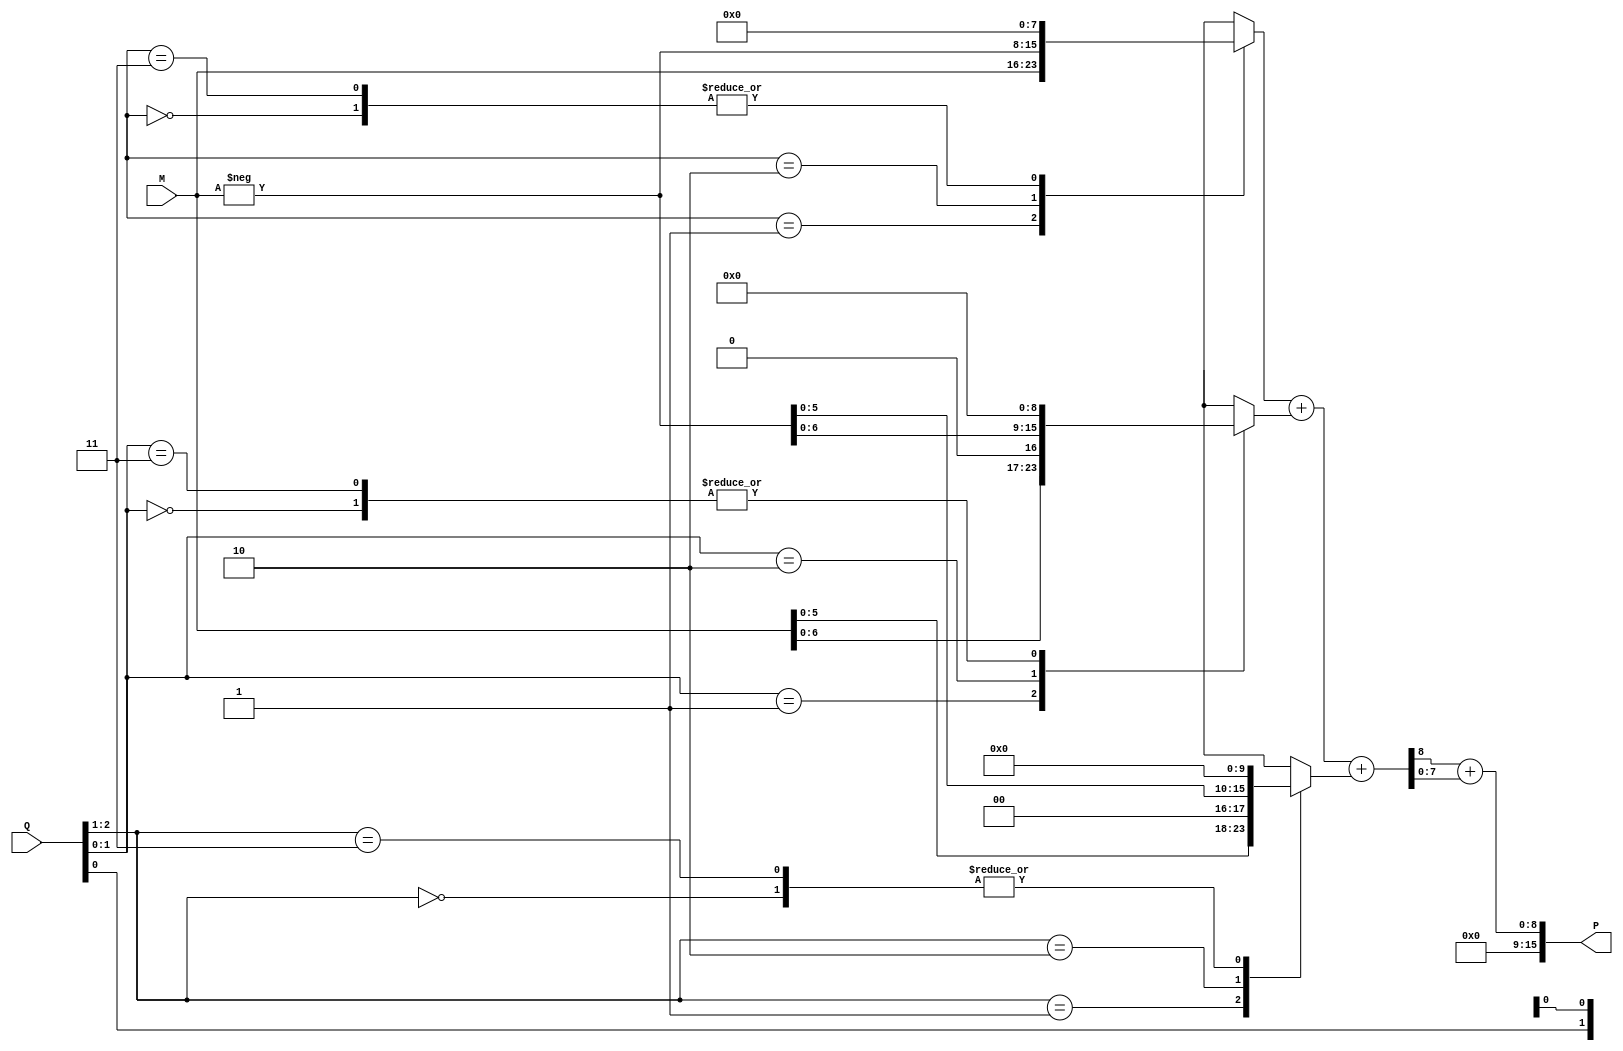
module booth_wallace_multiplier #(
    parameter WIDTH = 8  // Bit width for multiplicand and multiplier
)(
    input signed [WIDTH-1:0] M,  // Multiplicand
    input signed [WIDTH-1:0] Q,  // Multiplier
    output signed [(2*WIDTH)-1:0] P // Product
);

    // Internal signals
    reg signed [WIDTH-1:0] partial_products [0:WIDTH-1];
    reg signed [(2*WIDTH)-1:0] sum;
    wire signed [(2*WIDTH)-1:0] final_sum;
    
    // Booth Encoding and Partial Product Generation
    integer i;
    always @(*) begin
        // Initialize partial products to zero
        for (i = 0; i < WIDTH; i = i + 1) begin
            partial_products[i] = 0;
        end
        
        // Booth encoding for partial product generation
        for (i = 0; i < WIDTH; i = i + 1) begin
            case ({Q[i], Q[i-1]})
                2'b00: partial_products[i] = 0; // No addition
                2'b01: partial_products[i] = M << i; // Add M shifted
                2'b10: partial_products[i] = -M << i; // Subtract M shifted
                2'b11: partial_products[i] = 0; // Maintain previous state
            endcase
        end
    end

    // Wallace Tree Reduction
    wire [WIDTH-1:0] sum1, sum2, carry1, carry2;
    wire [WIDTH-1:0] pp0, pp1, pp2; // Example partial products
    assign pp0 = partial_products[0];
    assign pp1 = partial_products[1];
    assign pp2 = partial_products[2];

    // First level of Wallace tree
    assign {carry1, sum1} = pp0 + pp1;
    assign {carry2, sum2} = sum1 + pp2;

    // Further reduction can be added here for more partial products
    // For simplicity, we assume only 3 partial products are used

    // Final addition stage
    assign final_sum = carry2 + sum2;

    // Assign final product
    assign P = final_sum;

endmodule